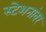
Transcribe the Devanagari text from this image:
स्टेशनांवर